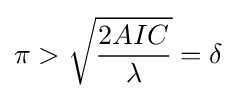
\pi >{\sqrt {\frac {2AIC}{\lambda }}}=\delta